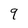
Character: 9